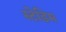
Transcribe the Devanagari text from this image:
स्टेडिम